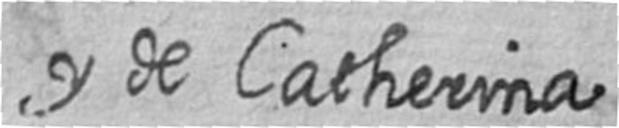
y de Catherina